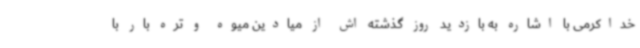
خداکرمی با اشاره به بازدید روز گذشته اش از میادین میوه و تره بار با